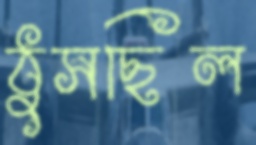
ঠুসছিল